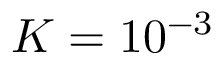
K = 1 0 ^ { - 3 }